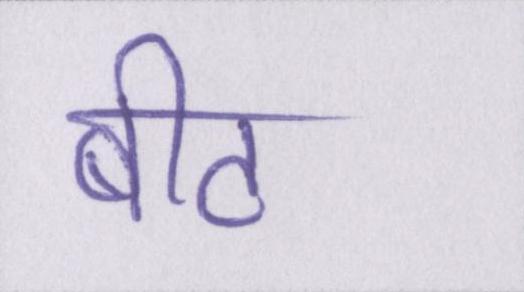
बीट